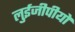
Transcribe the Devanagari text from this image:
लुईजीपीयो